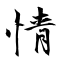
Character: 情